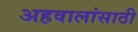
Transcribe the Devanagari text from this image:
अहवालांसाठी